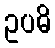
ဥပဓိ